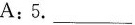
A:5.___